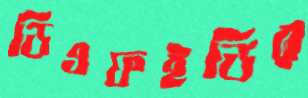
ডিএফইডির